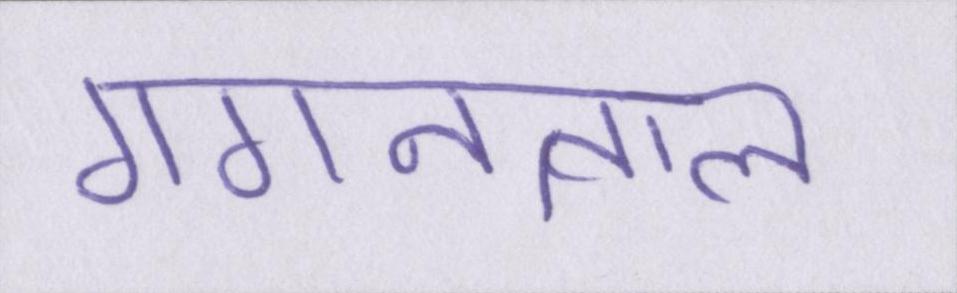
गगनताल